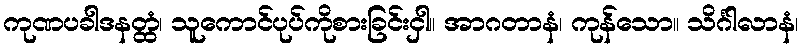
ကုဏပခါဒနတ္ထံ၊ သူကောင်ပုပ်ကိုစားခြင်းငှါ။ အာဂတာနံ၊ ကုန်သော။ သိင်္ဂါလာနံ၊